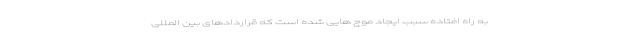
به راه افتاده سبب ایجاد موج هایی شده است که قراردادهای بین المللی